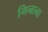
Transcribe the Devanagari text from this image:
गिनाना